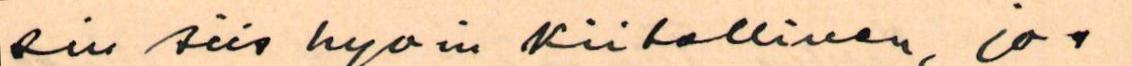
sin siis hyvin kiitollinen, jos